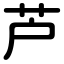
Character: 芦